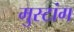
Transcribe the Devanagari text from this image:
मुस्टांग